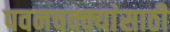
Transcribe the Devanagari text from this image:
पवनचक्क्यांसाठी